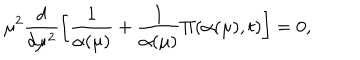
LaTeX: \mu ^ { 2 } \frac { d } { d \mu ^ { 2 } } \left[ \frac { 1 } { \alpha ( \mu ) } + \frac { 1 } { \alpha ( \mu ) } \Pi ( \alpha ( \mu ) , t ) \right] = 0 ,